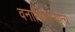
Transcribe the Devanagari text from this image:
वनाधिकाऱ्याला